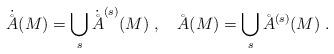
LaTeX: \begin{align*}\dot\AA(M)=\bigcup_s\dot\AA^{(s)}(M)\;,\quad\AA(M)=\bigcup_s\AA^{(s)}(M)\;.\end{align*}